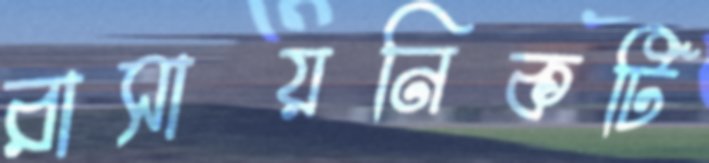
রাসায়নিকটি